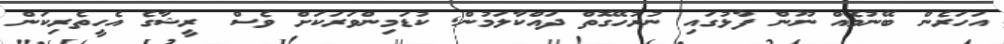
އަހަރެން ބޭނުމެއް ނޫން ފާޅުގައި ނުރުހޭގޮތް ދައްކާލަމުން